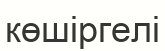
көшіргелі